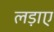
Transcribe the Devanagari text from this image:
लड़ाए